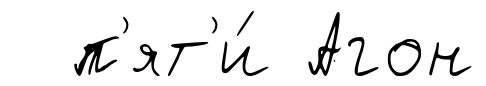
п'ят'и́ Агон